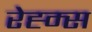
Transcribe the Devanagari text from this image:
रेह्म्स